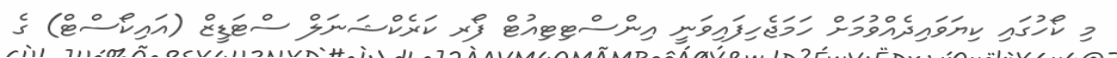
މި ކޯހުގައި ކިޔަވައިދެއްވުމަށް ހަމަޖެހިފައިވަނީ އިންސްޓިޓިއުޓް ފޯރ ކަރެކްޝަނަލް ސްޓަޑީޒް (އައިކޯސްޓް) ގެ